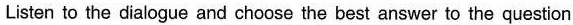
Listen to the dialogue and choose the best answer to the question